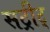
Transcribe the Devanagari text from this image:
सट्रीट्